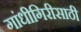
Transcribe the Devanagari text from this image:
गांधीगिरीसाठी